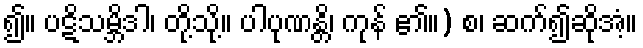
၍။ ပဋိသမ္ဘိဒါ၊ တို့သို့။ ပါပုဏန္တိ၊ ကုန် ၏။) စ၊ ဆက်၍ဆိုအံ့။